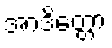
အာဒိတ္တော